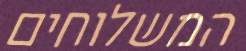
המשלוחים